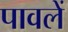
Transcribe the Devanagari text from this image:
पावलें